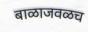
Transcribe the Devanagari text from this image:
बाळाजवळच